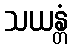
သယန္တံ